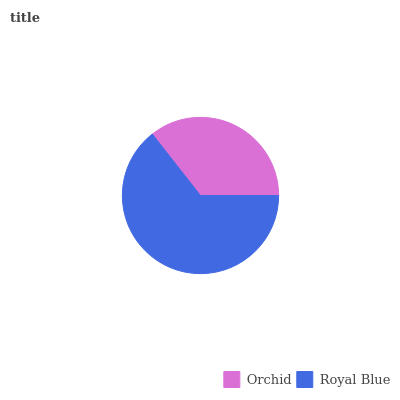
| Orchid | Royal Blue |
 | --- | --- |
 | 35.6% | 64.4% |